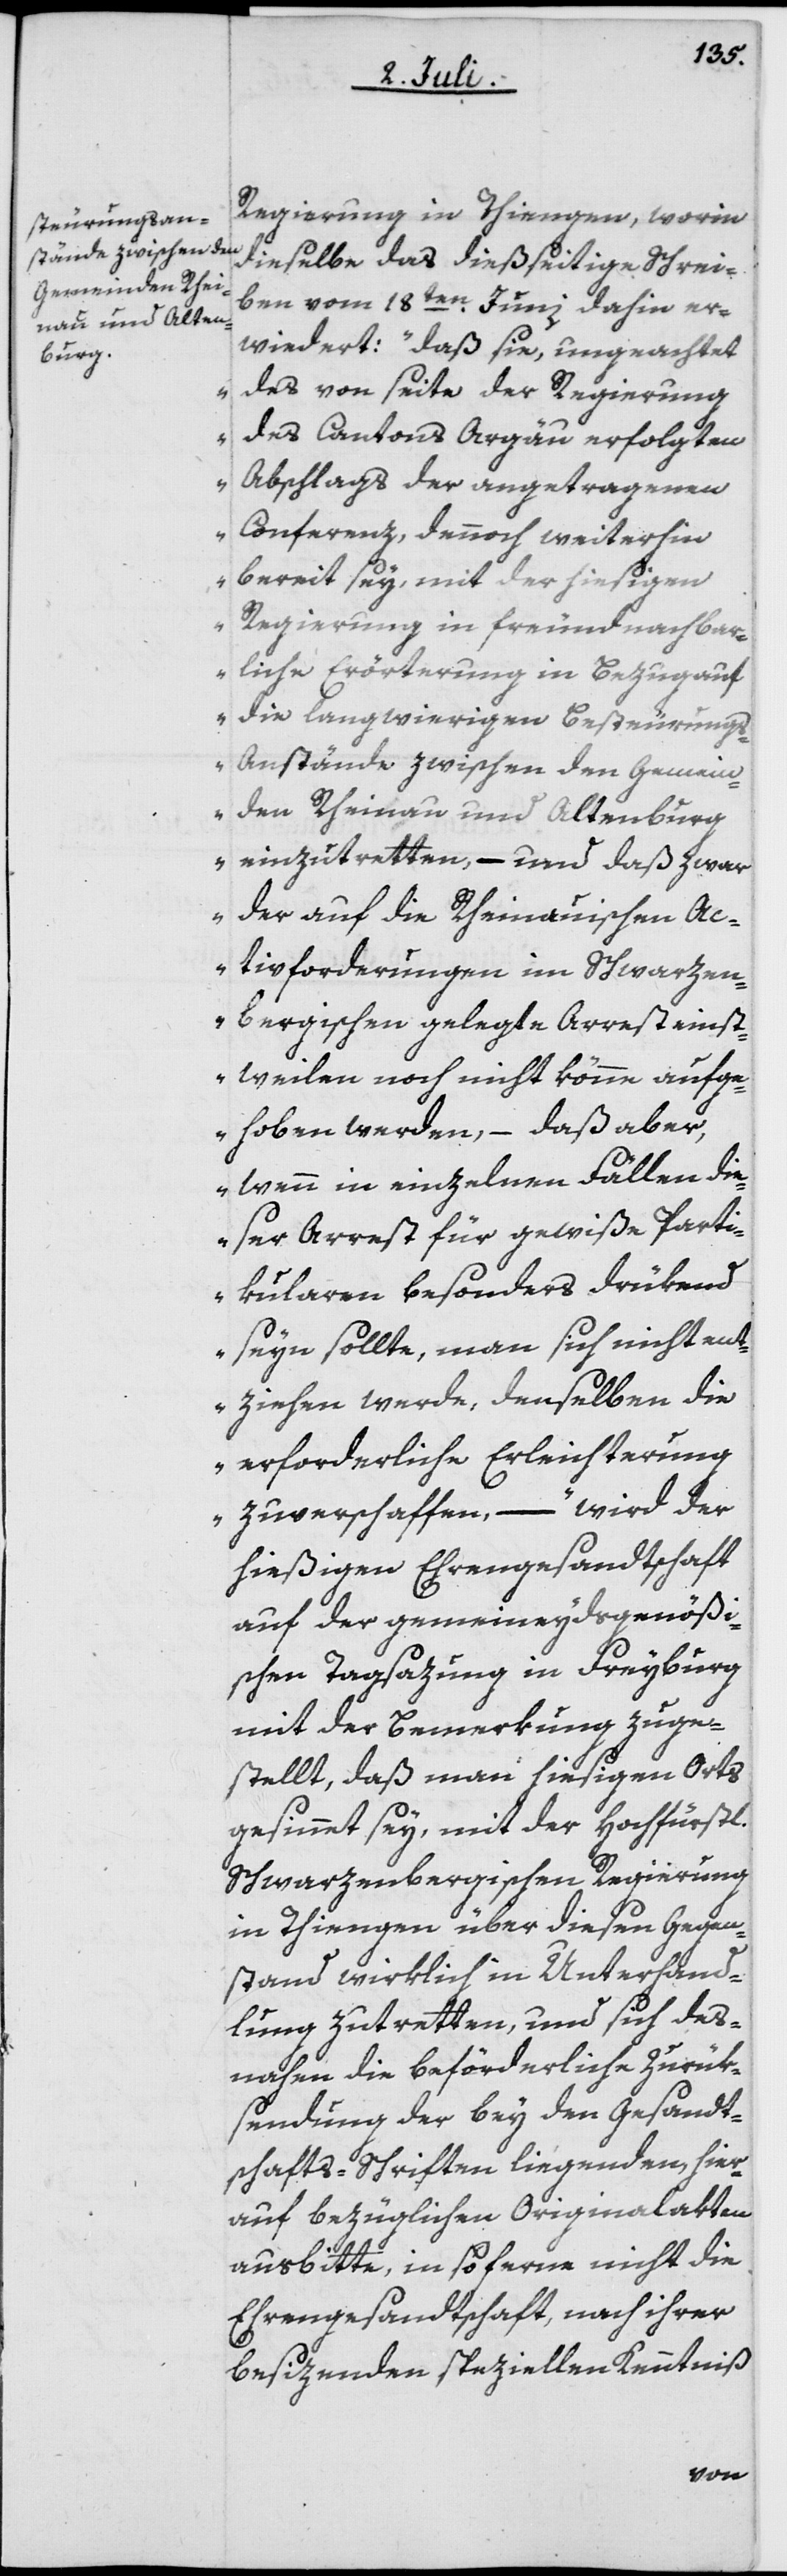
Regierung in Thiengen, worin
dieselbe das dießseitige Schrei¬
ben vom 18ten Juni dahin er¬
wiedert: „daß sie, ungeachtet
des von Seite der Regierung
des Cantons Argäu erfolgten
Abschlags der angetragenen
Conferenz, dennoch weiterhin
bereit sey, mit der hiesigen
Regierung in freundnachbar¬
liche Erörterung in Bezug auf
die langwierigen Besteuerungs-A¬
nstände zwischen den Gemein¬
den Rheinau und Altenburg
einzutretten, – und daß zwar
der auf die Rheinauischen Ac¬
tivforderungen im Schwarzen¬
bergischen gelegte Arrest einst¬
weilen noch nicht könne aufge¬
hoben werden, – daß aber,
wenn in einzelnen Fällen die¬
ser Arrest für gewiße Parti¬
kularen besonders drükend
seyn sollte, man sich nicht ent¬
ziehen werde, denselben die
erforderliche Erleichterung
zu verschaffen, – “ wird der
hießigen Ehrengesandtschaft
auf der gemeineydsgenößi¬
schen Tagsazung in Freyburg
mit der Bemerkung zuge¬
stellt, daß man hiesigen Orts
gesinnt sey, mit der Hochfürstl.
Schwarzenbergischen Regierung
in Thiengen über diesen Gegen¬
stand wirklich in Unterhand¬
lung zutretten, und sich des¬
nahen die beförderliche Zurük¬
sendung der bey den Gesandt¬
schafts-Schriften liegenden, hier¬
auf bezüglichen Originalakten
ausbitte, insoferne nicht die
Ehrengesandtschaft, nach ihrer
besizenden speziellen Kenntniß